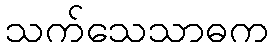
သက်သေသာဓက